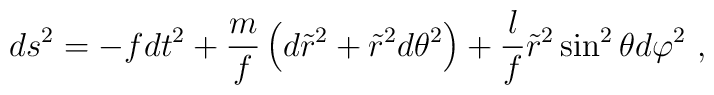
ds^2=  - f dt^2 +  \frac{m}{f} \left( d \tilde{r}^2+ \tilde{r}^2d\theta^2 \right)           +  \frac{l}{f} \tilde{r}^2\sin^2\theta d\varphi^2\ ,